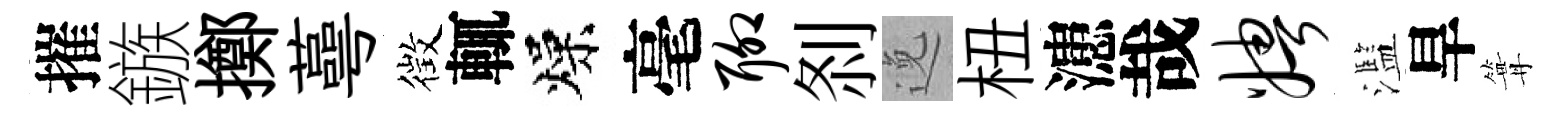
摧鏃擲蕚徴輒燥毫聊𠛴𨓜杻漶哉娉濫旱篝